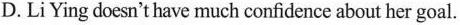
D.Li Ying doesn't have much confidence about her goal.